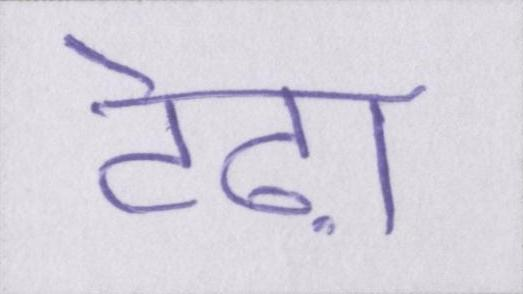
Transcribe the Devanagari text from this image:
टेढ़ा